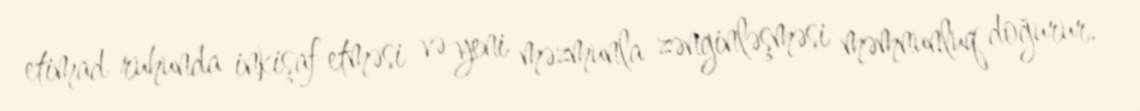
etimad ruhunda inkişaf etməsi və yeni məzmunla zənginləşməsi məmnunluq doğurur.